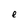
Character: e